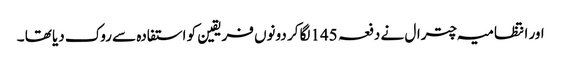
اور انتظامیہ چترال نے دفعہ 145لگا کر دونوں فریقین کو استفادہ سے روک دیا تھا ۔